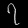
Digit: ၇